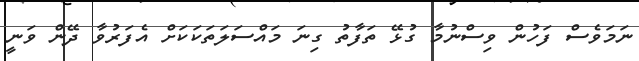
ނަމަވެސް ފަހުން ވިސްނުމާ ގުޅޭ ތަފާތު ގިނަ މައްސަލަތަކަކަށް އެފަރުވާ ދޭން ވަނީ